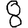
Digit: 8